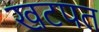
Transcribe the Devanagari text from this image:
खटपत